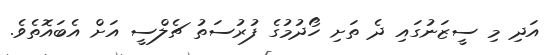
އަދި މި ސީޒަނުގައި ދެ ތަށި ހޯދުމުގެ ފުރުސަތު ޗެލްސީ އަށް އެބައޮތެވެ.